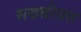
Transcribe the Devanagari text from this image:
सख्सीयत